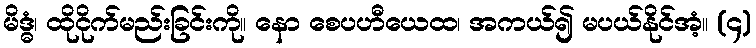
မိဒ္ဓံ၊ ထိုငိုက်မည်းခြင်းကို။ နော စေပဟီယေထ၊ အကယ်၍ မပယ်နိုင်အံ့။ (၄)